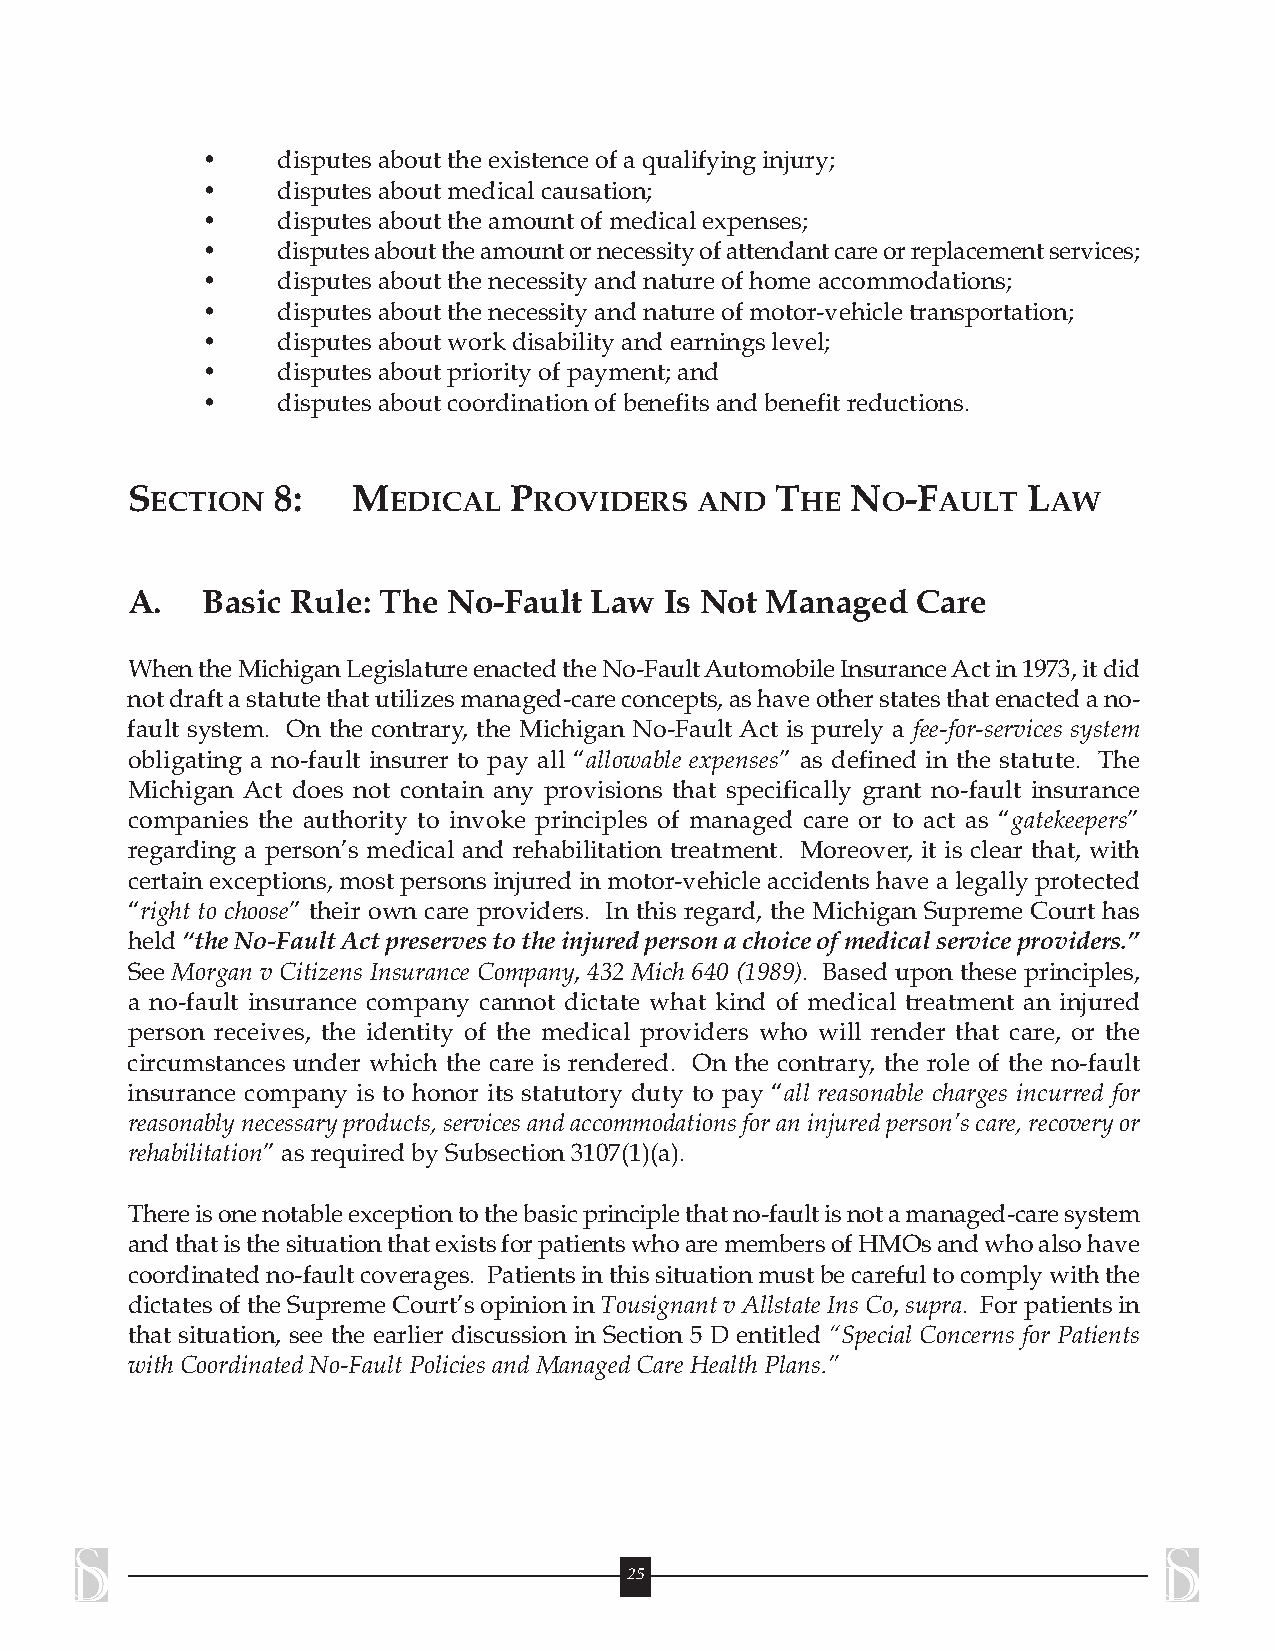
•    disputesabout theexistenceof aqualifying injury;
 •    disputesabout medical causation;
 •    disputesabout theamount of medicalexpenses;
 •    disputesabouttheamountornecessityofattendantcareorreplacementservices;
 •    disputesabout thenecessity andnatureofhomeaccommodations;
 •    disputesabout thenecessity andnatureofmotor-vehicle transportation;
 •    disputesabout work disability andearningslevel;
 •    disputesabout priority of payment;and
 •    disputesabout coordination of benefits andbenefit reductions.
 SECTION   8:   MEDICAL    PROVIDERS   AND  THE  NO-FAULT    LAW
 A.   Basic Rule: The  No-Fault Law  Is Not Managed   Care
 WhentheMichiganLegislatureenactedtheNo-FaultAutomobileInsuranceActin1973,itdid
 notdraftastatutethatutilizesmanaged-careconcepts,ashaveotherstatesthatenactedano-
 fault system. On the contrary, the Michigan No-Fault Act is purely a fee-for-services system
 obligating a no-fault insurer to pay all “allowable expenses” as defined in the statute. The
 Michigan Act does not contain any provisions that specifically grant no-fault insurance
 companies the authority to invoke principles of managed care or to act as “gatekeepers”
 regarding a person’s medical and rehabilitation treatment. Moreover, it is clear that, with
 certain exceptions, most persons injured in motor-vehicle accidents have a legally protected
 “right to choose” their own care providers. In this regard, the Michigan Supreme Court has
 held“theNo-FaultActpreservestotheinjuredpersonachoiceofmedicalserviceproviders.”
 See Morgan v Citizens Insurance Company, 432 Mich 640 (1989). Based upon these principles,
 a no-fault insurance company cannot dictate what kind of medical treatment an injured
 person receives, the identity of the medical providers who will render that care, or the
 circumstances under which the care is rendered. On the contrary, the role of the no-fault
 insurance company is to honor its statutory duty to pay “all reasonable charges incurred for
 reasonablynecessaryproducts,servicesandaccommodationsforaninjuredperson’scare,recoveryor
 rehabilitation”asrequiredby Subsection3107(1)(a).
 Thereisonenotableexceptiontothebasicprinciplethatno-faultisnotamanaged-caresystem
 andthatisthesituationthatexistsforpatientswhoaremembersofHMOsandwhoalsohave
 coordinatedno-faultcoverages. Patientsinthissituationmustbecarefultocomplywiththe
 dictatesoftheSupremeCourt’sopinioninTousignantvAllstateInsCo,supra. Forpatientsin
 that situation, see the earlier discussion in Section 5 D entitled “Special Concerns for Patients
 withCoordinatedNo-FaultPolicies and ManagedCare HealthPlans.”
 25